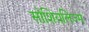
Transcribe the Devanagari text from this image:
सोशियलिज्म